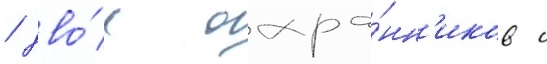
/ дво́е охра́нн'иков с